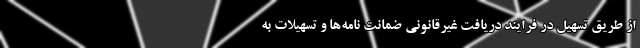
از طریق تسهیل در فرایند دریافت غیرقانونی ضمانت نامه‌ها و تسهیلات به